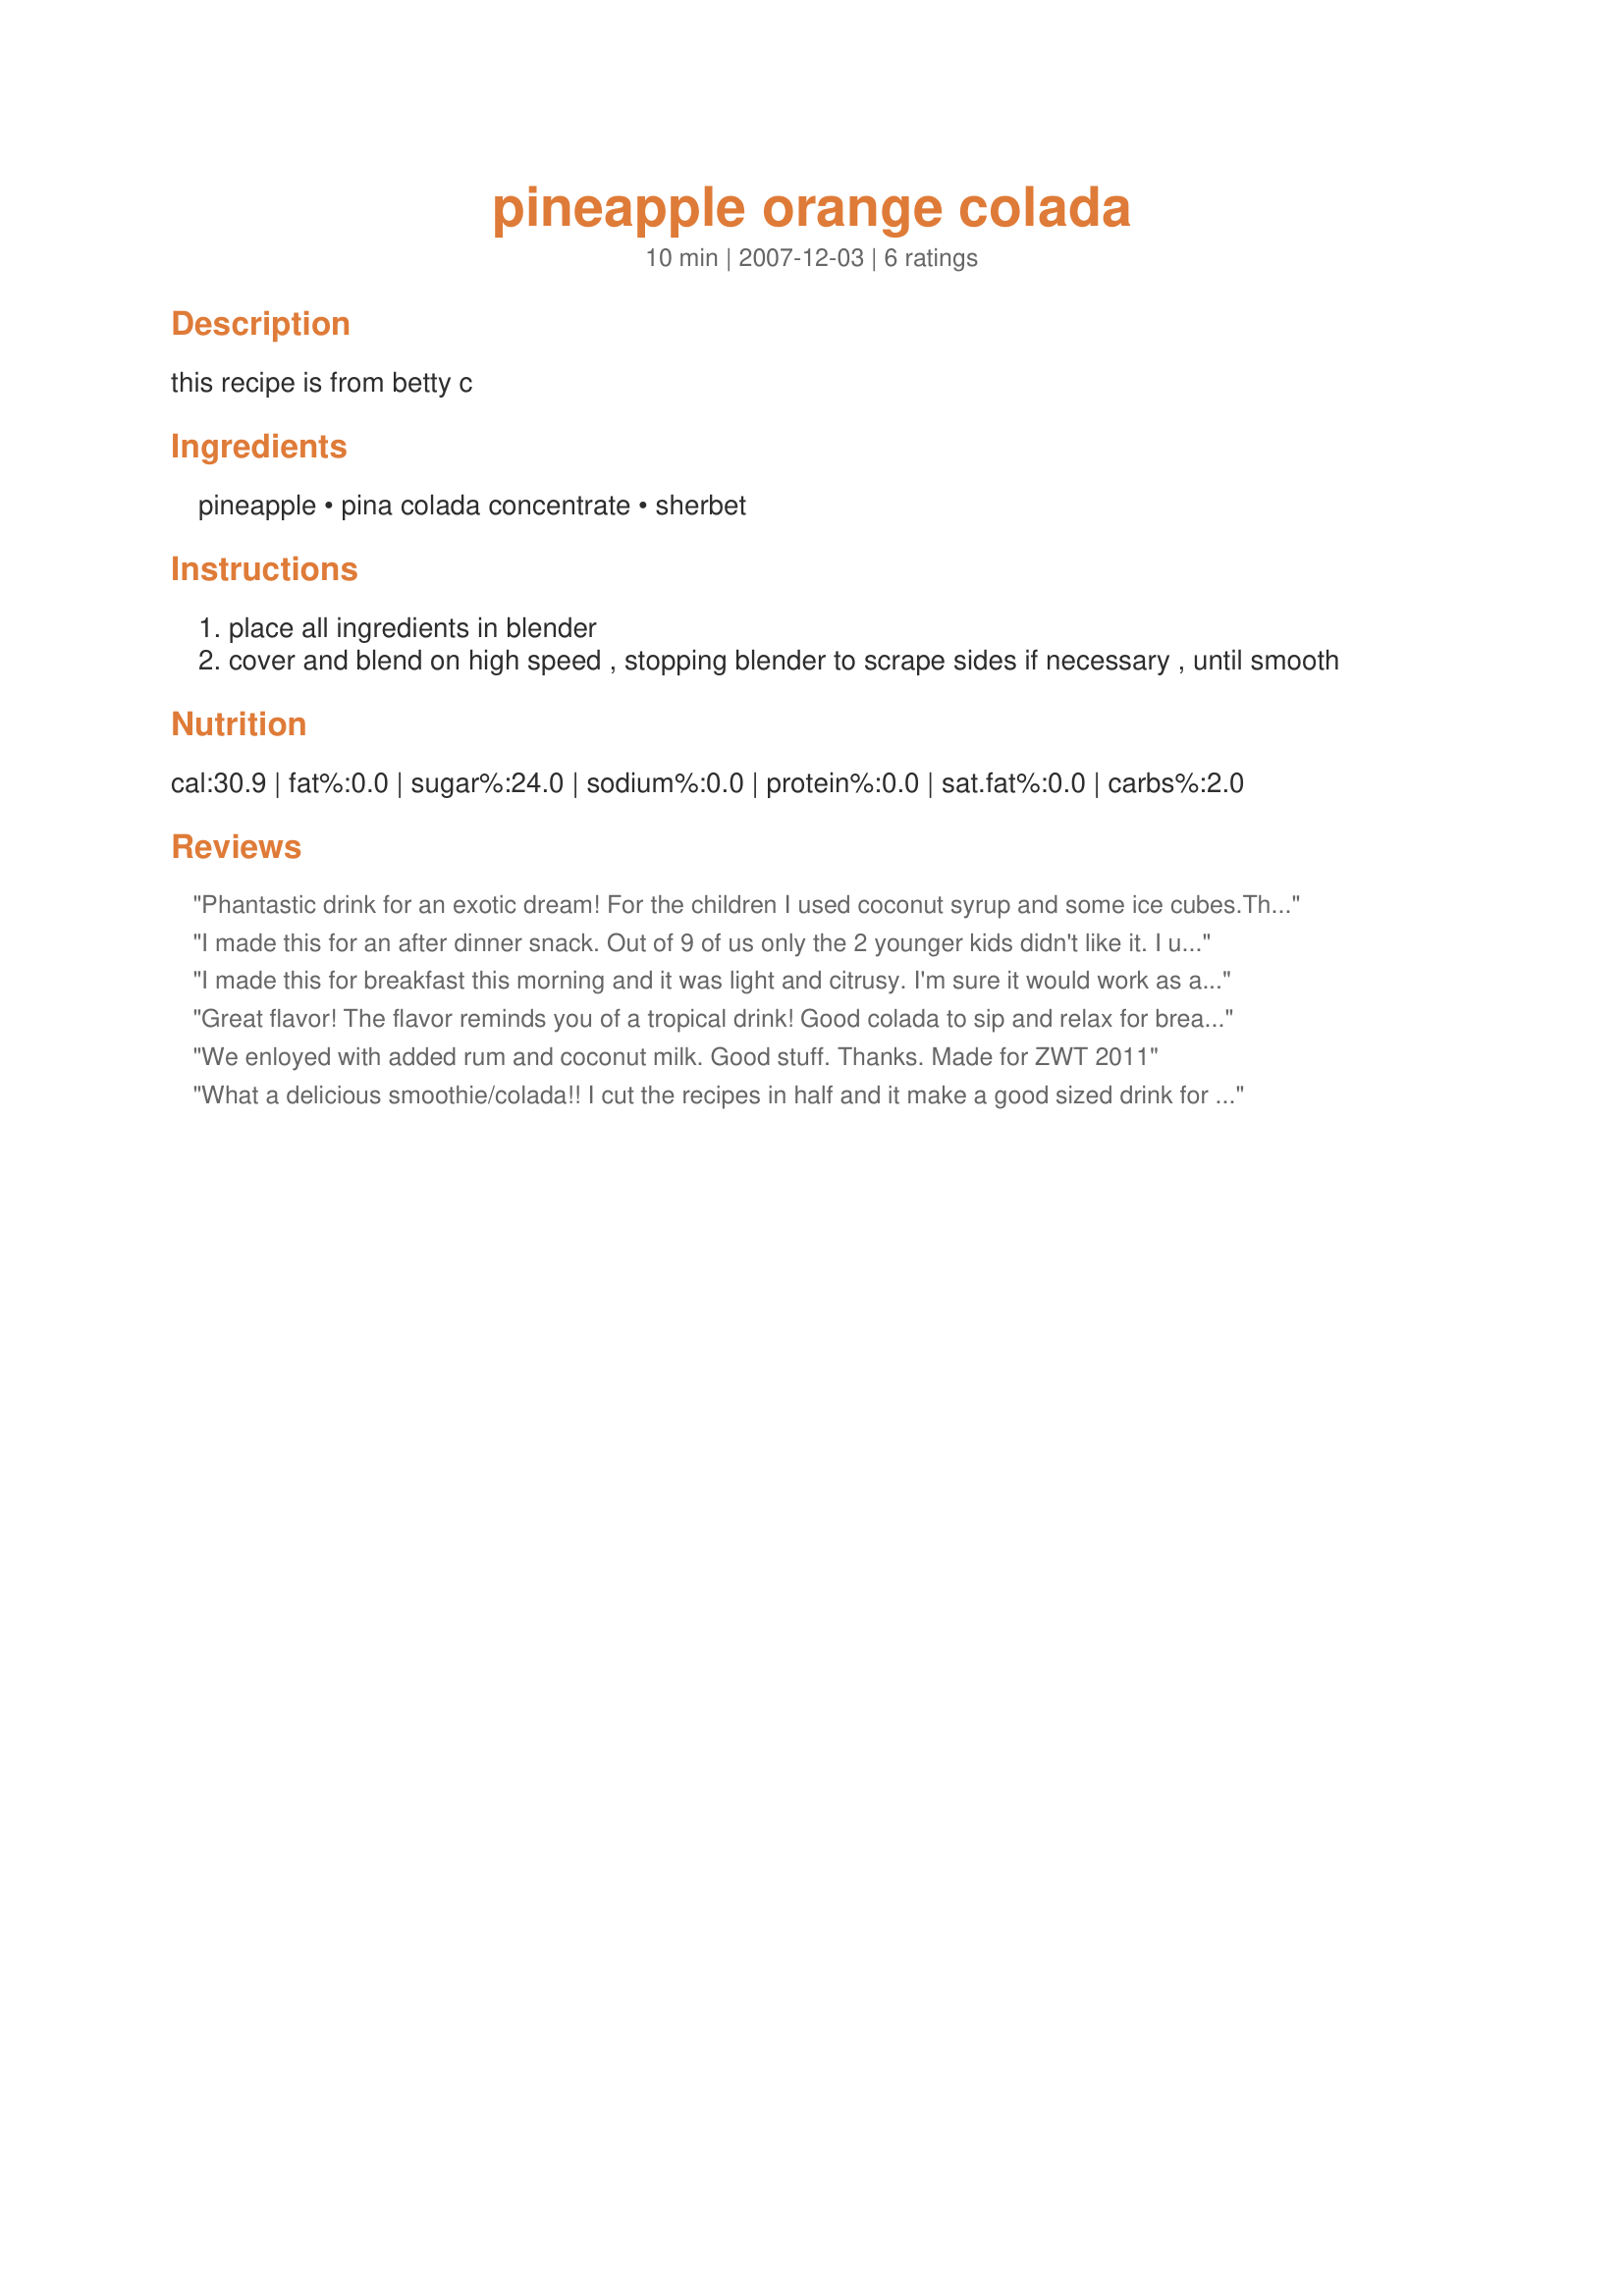
pineapple orange colada
Preparation time: 10 minutes

this recipe is from betty c

Ingredients:
pineapple, pina colada concentrate, sherbet

Steps:
place all ingredients in blender
cover and blend on high speed , stopping blender to scrape sides if necessary , until smooth

Reviews:
Phantastic drink for an exotic dream! For the children I used coconut syrup and some ice cubes.<br/>Thanks for this recipe! Done for ZWT7
I made this for an after dinner snack. Out of 9 of us only the 2 younger kids didn't like it. I used pineapple mango juice when making. Made for Photo Tag
I made this for breakfast this morning and it was light and citrusy. I'm sure it would work as a cocktail as well (but it's probably best to leave the alcohol out if you're having it for breakfast!)
Great flavor! The flavor reminds you of a tropical drink! Good colada to sip and relax for break time. Prepared as a participant in the Aus/NZ Swap #25.
We enloyed with added rum and coconut milk. Good stuff. Thanks. Made for ZWT 2011
What a delicious smoothie/colada!! I cut the recipes in half and it make a good sized drink for me. It is so hot and humid here and this was such a refreshing drink!! Thanks for sharing the recipe. Made for ZWT 7.
